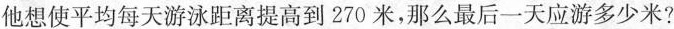
他想使平均每天游泳距离提高到270米，那么最后一天应游多少米？